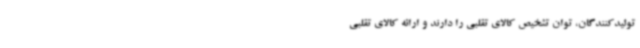
تولیدکنندگان، توان تشخیص کالای تقلبی را دارند و ارائه کالای تقلبی